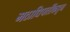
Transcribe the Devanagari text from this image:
मठाधिपतींकडून